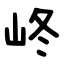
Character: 峂